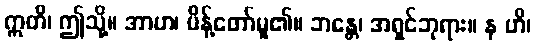
ဣတိ၊ ဤသို့။ အာဟ၊ မိန့်တော်မူ၏။ ဘန္တေ၊ အရှင်ဘုရား။ န ဟိ၊